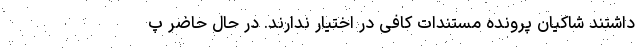
داشتند شاکیان پرونده مستندات کافی در اختیار ندارند. در حال حاضر پ